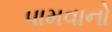
પામવાનો